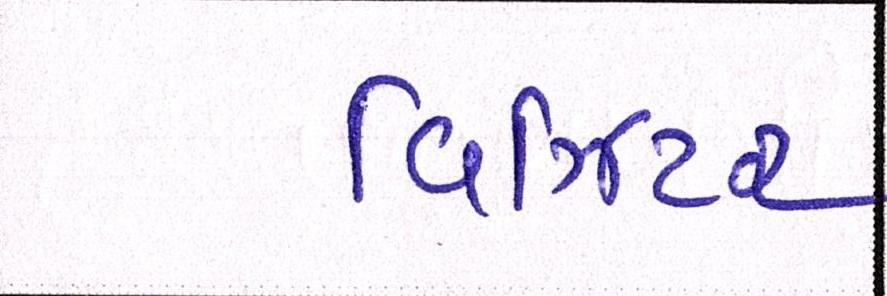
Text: વિઝિટર